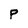
Character: P